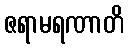
ဇရာမရဏာတိ